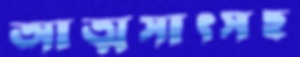
আত্মসাৎসহ